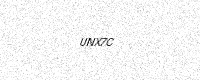
Text: UNX7C